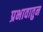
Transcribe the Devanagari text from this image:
प्रभावातुन